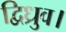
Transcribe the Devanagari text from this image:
द्विध्रुव।